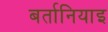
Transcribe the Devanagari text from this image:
बर्तानियाइ